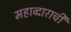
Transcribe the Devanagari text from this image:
महाव्दाराची